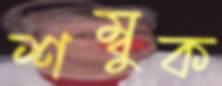
শম্বুক